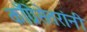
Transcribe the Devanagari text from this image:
काँग्रेसेतरांनी